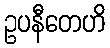
ဥပနီတေဟိ